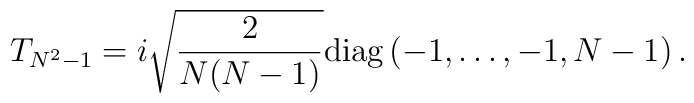
T_{N^2 - 1} = i \sqrt{\frac{2}{N (N - 1)}}{\rm diag} \left( - 1, \dots, - 1, N - 1 \right) .